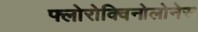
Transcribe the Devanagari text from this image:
फ्लोरोक्विनोलोनेस